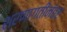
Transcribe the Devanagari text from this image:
शरणागतीनंतर